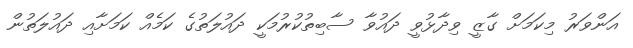
އަންވަރު މިކަމަށް ގާޒީ ވިދާޅުވީ ދައުވާ ސާބިތުކުރުމަކީ ދައުލަތުގެ ކަމެއް ކަމަށާއި ދައުލަތުން